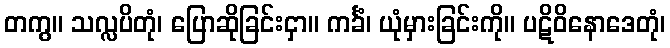
တကွ။ သလ္လပိတုံ၊ ပြောဆိုခြင်းငှာ။ ကင်္ခံ၊ ယုံမှားခြင်းကို။ ပဋိဝိနောဒေတုံ၊